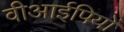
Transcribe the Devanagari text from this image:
वीआईपियों